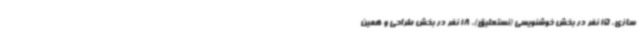
سازی، 15 نفر در بخش خوشنویسی (نستعلیق)، 18 نفر در بخش طراحی و همین